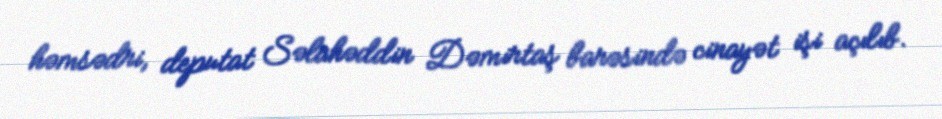
həmsədri, deputat Səlahəddin Dəmirtaş barəsində cinayət işi açılıb.